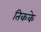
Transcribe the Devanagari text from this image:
तिकके